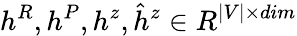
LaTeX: h^{R},h^{P},h^{z},\hat{h}^{z}\in R^{|V|\times dim}